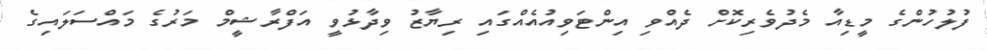
ފުލުހުންގެ މީޑިއާ މެދުވެރިކޮށް ދެއްވި އިންޓަވިއުއެއްގައި ރިޔާޒު ވިދާޅުވީ އަފްރާޝީމް މަރުގެ މައްސަލައިގެ